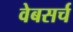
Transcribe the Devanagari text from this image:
वेबसर्च